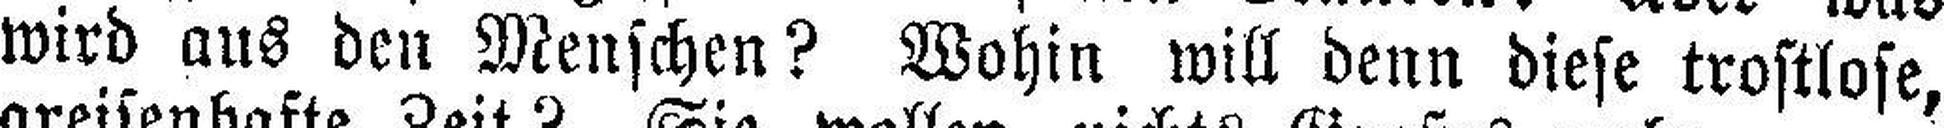
wird aus den Menschen? Wohin will denn diese trostlose,